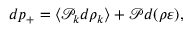
\begin{array} { r } { d p _ { + } = \langle \mathcal { P } _ { k } d \rho _ { k } \rangle + \mathcal { P } d ( \rho \varepsilon ) , } \end{array}